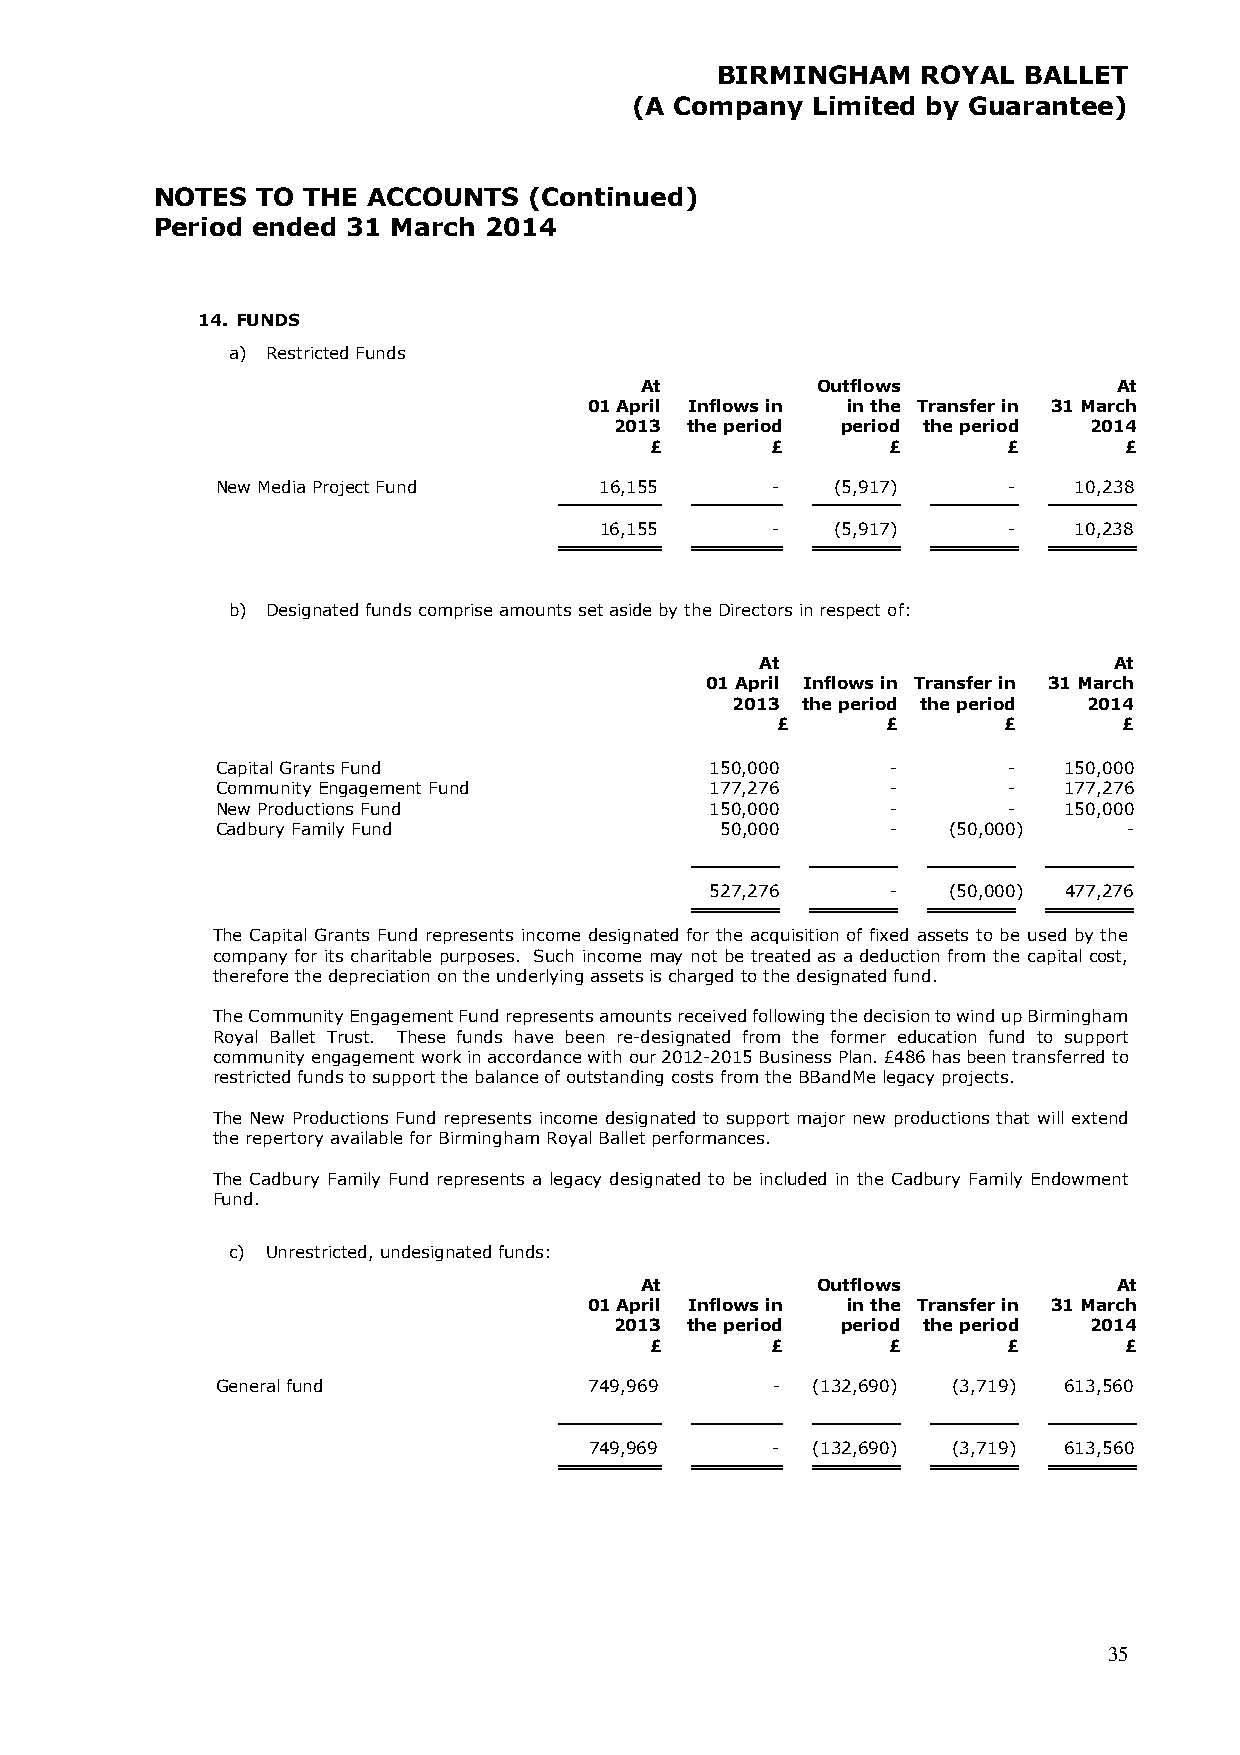
BIRMINGHAM    ROYAL  BALLET
 (A Company  Limited by Guarantee)
 NOTES  TO THE ACCOUNTS   (Continued)
 Period ended 31 March 2014
 14. FUNDS
 a) Restricted Funds
 At          Outflows            At
 01 April Inflows in in the Transfer in 31 March
 2013 the period period the period 2014
 £       £       £       £      £
 New Media Project Fund    16,155     -   (5,917)     -   10,238
 16,155     -   (5,917)     -   10,238
 b) Designated funds comprise amounts set aside by the Directors in respect of:
 At                      At
 01 April Inflows in Transfer in 31 March
 2013 the period the period 2014
 £       £      £       £
 Capital Grants Fund              150,000     -       -  150,000
 Community Engagement Fund        177,276     -       -  177,276
 New Productions Fund             150,000     -       -  150,000
 Cadbury Family Fund               50,000     -   (50,000)    -
 527,276     -   (50,000) 477,276
 The Capital Grants Fund represents income designated for the acquisition of fixed assets to be used by the
 company for its charitable purposes. Such income may not be treated as a deduction from the capital cost,
 therefore the depreciation on the underlying assets is charged to the designated fund.
 The Community Engagement Fund represents amounts received following the decision to wind up Birmingham
 Royal Ballet Trust. These funds have been re-designated from the former education fund to support
 community engagement work in accordance with our 2012-2015 Business Plan. £486 has been transferred to
 restricted funds to support the balance of outstanding costs from the BBandMe legacy projects.
 The New Productions Fund represents income designated to support major new productions that will extend
 the repertory available for Birmingham Royal Ballet performances.
 The Cadbury Family Fund represents a legacy designated to be included in the Cadbury Family Endowment
 Fund.
 c) Unrestricted, undesignated funds:
 At          Outflows            At
 01 April Inflows in in the Transfer in 31 March
 2013 the period period the period 2014
 £       £       £       £      £
 General fund             749,969     -  (132,690) (3,719) 613,560
 749,969     -  ( 132,690) (3,719) 613,560
 35